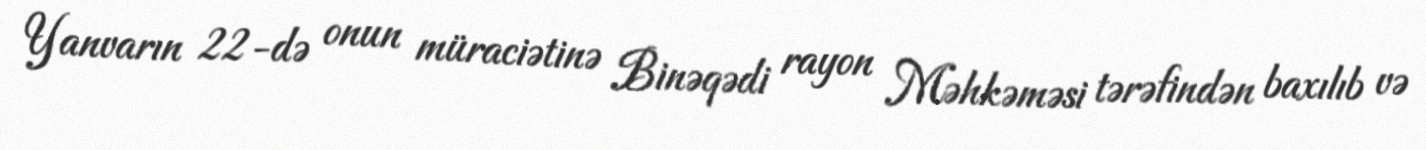
Yanvarın 22-də onun müraciətinə Binəqədi rayon Məhkəməsi tərəfindən baxılıb və